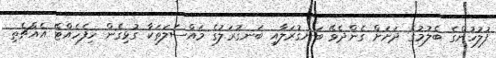
ފުލުހުންގެ ބެލުމުގެ ދަށަށް ގެންދެވޭ ބަނގުރަލާއި ބަނގުރަލުގެ މައްސަލަތަކާ ގުޅިގެން ހިފެހެއްޓޭ އެއްޗެތި